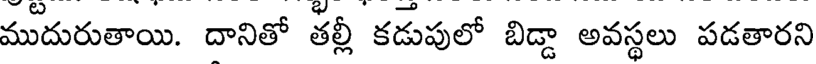
ముదురుతాయి. దానితో తల్లీ కడుపులో బిడ్డా అవస్థలు పడతారని